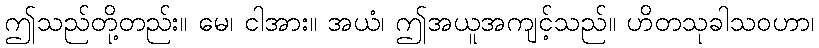
ဤသည်တို့တည်း။ မေ၊ ငါအား။ အယံ၊ ဤအယူအကျင့်သည်။ ဟိတသုခါသဝဟာ၊